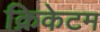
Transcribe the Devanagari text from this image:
क्रिकेटम